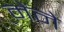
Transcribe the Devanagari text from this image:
मेंने